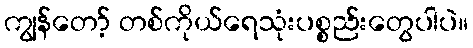
ကျွန်တော့် တစ်ကိုယ်ရေသုံးပစ္စည်းတွေပါပဲ။